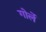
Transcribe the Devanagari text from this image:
गोर्ले